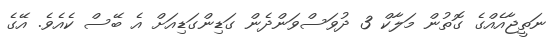
ނަތީޖާއެއްގެ ގޮތުން މަލާކް 3 ދުވަސްވަންދެން ގަޑިންގަޑިއަށް އެ ބޭސް ކެއެވެ. އޭގެ